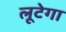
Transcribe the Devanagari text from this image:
लूटेगा